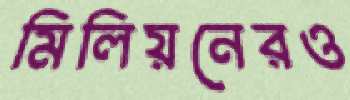
মিলিয়নেরও